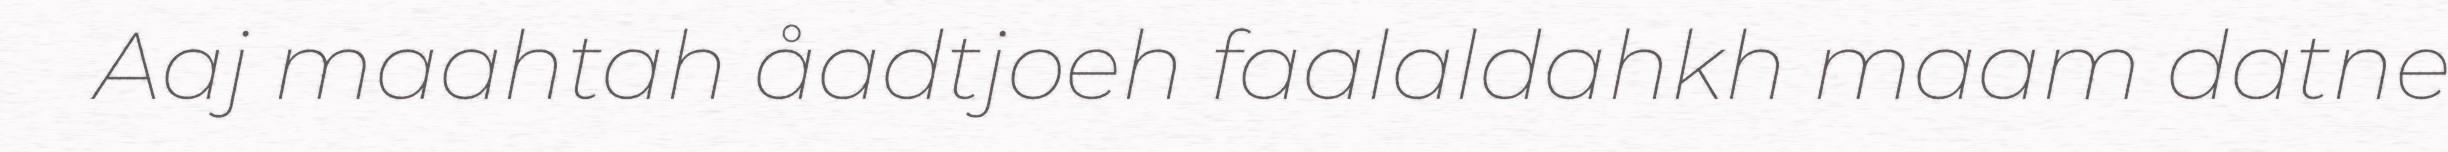
Aaj maahtah åadtjoeh faalaldahkh maam datne